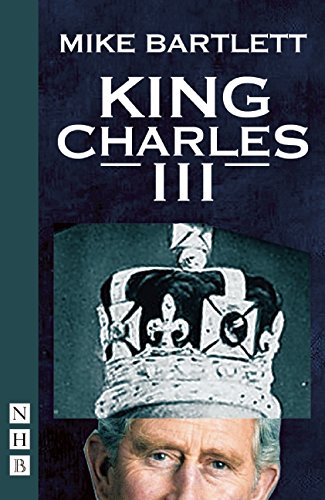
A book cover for King Charles III: West End Edition; Mike Bartlett; Literature & Fiction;